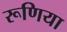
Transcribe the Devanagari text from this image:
रूणिया